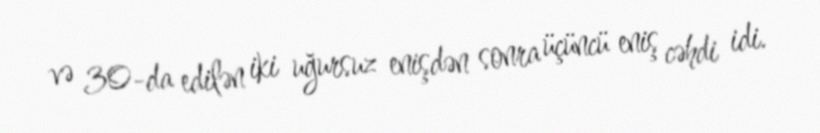
və 30-da edilən iki uğursuz enişdən sonra üçüncü eniş cəhdi idi.